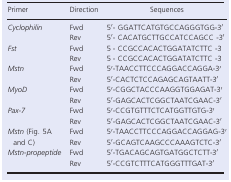
<table><thead><tr><td><b>Primer</b></td><td><b>Direction</b></td><td><b>Sequences</b></td></tr></thead><tbody><tr><td rowspan="2"><i>Cyclophilin</i></td><td>Fwd</td><td>5′‐ GGATTCATGTGCCAGGGTGG‐3′</td></tr><tr><td>Rev</td><td>5′‐ CACATGCTTGCCATCCAGCC ‐3′</td></tr><tr><td rowspan="2"><i>Fst</i></td><td>Fwd</td><td>5 ́‐ CCGCCACACTGGATATCTTC ‐3 ́</td></tr><tr><td>Rev</td><td>5 ́‐ CCGCCACACTGGATATCTTC ‐3 ́</td></tr><tr><td rowspan="2"><i>Mstn</i></td><td>Fwd</td><td>5′‐TAACCTTCCCAGGACCAGGA‐3′</td></tr><tr><td>Rev</td><td>5′‐CACTCTCCAGAGCAGTAATT‐3′</td></tr><tr><td rowspan="2"><i>MyoD</i></td><td>Fwd</td><td>5′‐CGGCTACCCAAGGTGGAGAT‐3′</td></tr><tr><td>Rev</td><td>5′‐GAGCACTCGGCTAATCGAAC‐3′</td></tr><tr><td rowspan="2"><i>Pax‐7</i></td><td>Fwd</td><td>5′‐CCGTGTTTCTCATGGTTGTG‐3′</td></tr><tr><td>Rev</td><td>5′‐GAGCACTCGGCTAATCGAAC‐3′</td></tr><tr><td rowspan="2"><i>Mstn</i> (Fig. 5A and C)</td><td>Fwd</td><td>5′‐TAACCTTCCCAGGACCAGGAG‐3′</td></tr><tr><td>Rev</td><td>5′‐GCAGTCAAGCCCAAAGTCTC‐3′</td></tr><tr><td rowspan="2"><i>Mstn‐propeptide</i></td><td>Fwd</td><td>5′‐TGACAGCAGTGATGGCTCTT‐3′</td></tr><tr><td>Rev</td><td>5′‐CCGTCTTTCATGGGTTTGAT‐3′</td></tr></tbody></table>